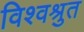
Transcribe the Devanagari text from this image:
विश्वश्रुत